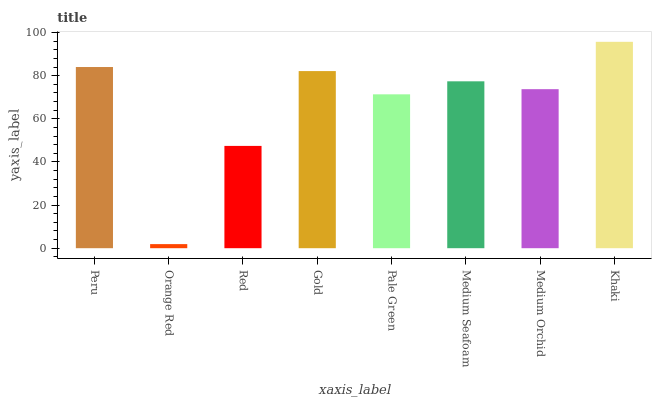
| xaxis_label | bars |
 | --- | --- |
 | Peru | 84 |
 | Orange Red | 1.9 |
 | Red | 47.4 |
 | Gold | 82.1 |
 | Pale Green | 71.4 |
 | Medium Seafoam | 77.4 |
 | Medium Orchid | 73.8 |
 | Khaki | 95.7 |